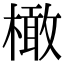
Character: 橄